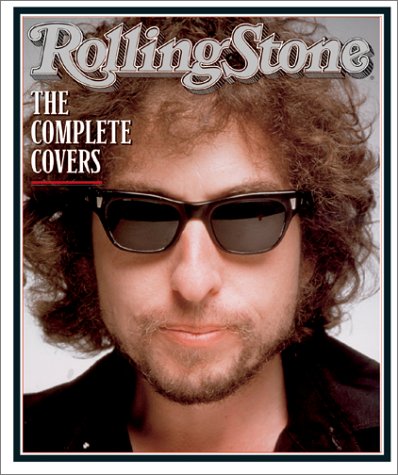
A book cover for Rolling Stone: The Complete Covers; Fred Woodward; Crafts, Hobbies & Home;